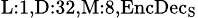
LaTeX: _{\textrm{L}:1,\textrm{D}:32,\textrm{M}:8,\textrm{EncDec}_{\textrm{S}}}